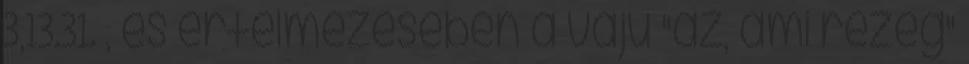
3,13.31. , és értelmezésében a váju "az, ami rezeg"